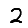
Digit: 2